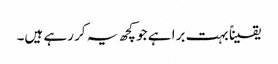
یقیناً بہت برا ہے جو کچھ یہ کر رہے ہیں۔